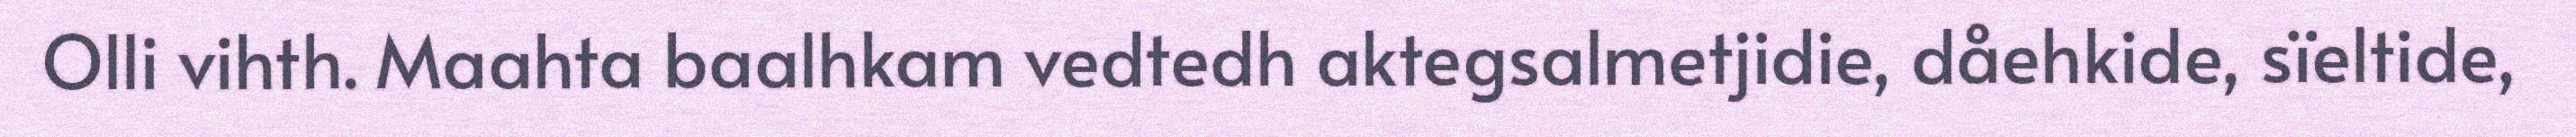
Olli vihth. Maahta baalhkam vedtedh aktegsalmetjidie, dåehkide, sïeltide,